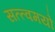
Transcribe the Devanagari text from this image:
सत्त्वमयो